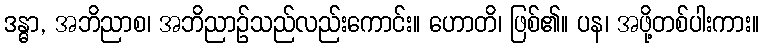
ဒန္ဓာ, အဘိညာစ၊ အဘိညာဉ်သည်လည်းကောင်း။ ဟောတိ၊ ဖြစ်၏။ ပန၊ အဖို့တစ်ပါးကား။